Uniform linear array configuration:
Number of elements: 12
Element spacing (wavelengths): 0.25
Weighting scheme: uniform
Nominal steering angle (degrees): -15
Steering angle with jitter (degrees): -13.285
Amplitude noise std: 0.05
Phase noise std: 0.05

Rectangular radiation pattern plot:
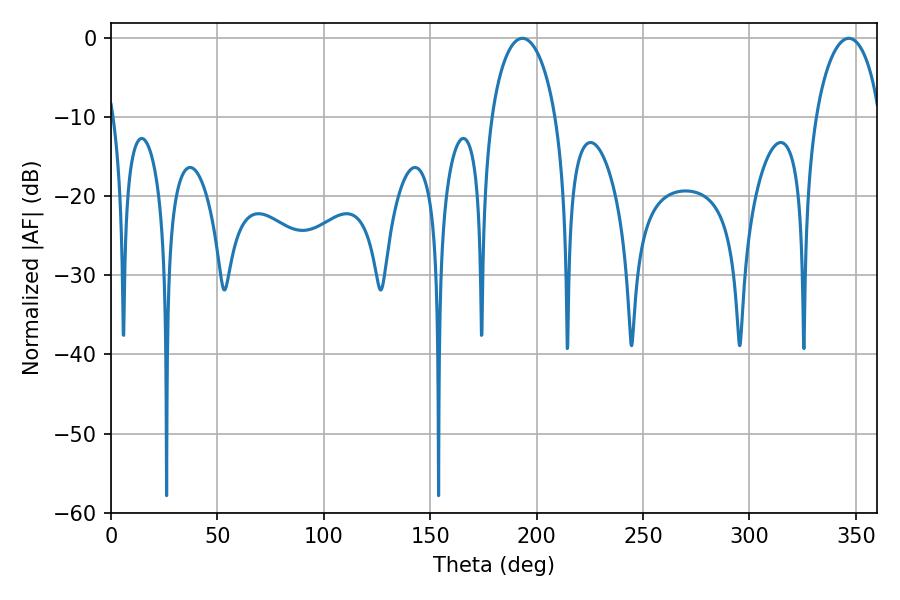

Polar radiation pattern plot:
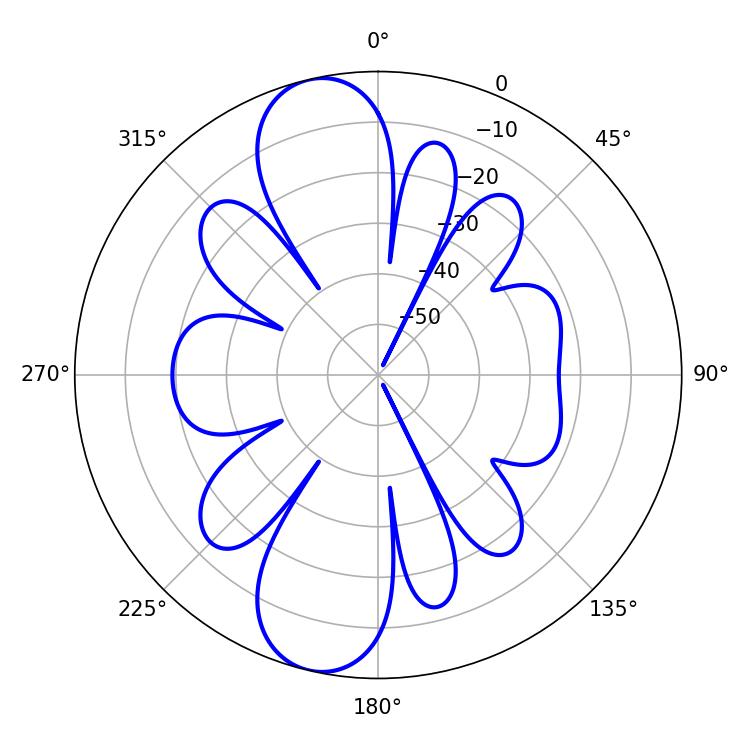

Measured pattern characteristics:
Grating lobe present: FALSE
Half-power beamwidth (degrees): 17.28
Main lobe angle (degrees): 193.32